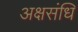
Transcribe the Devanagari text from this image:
अक्षसंधि